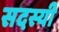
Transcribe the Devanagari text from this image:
सदस्यी